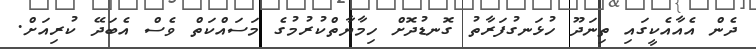
ދެން އެއާއެކީގައި ތިނަދޫ ހުޅަނގުފަރާތު ގޮނޑުދޮށް ހިމާޔާތްކުރުމުގެ މަސައްކަތް ވެސް އެބަދޭ ކުރިއަށް.